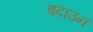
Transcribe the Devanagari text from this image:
बदाउन